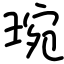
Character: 琬